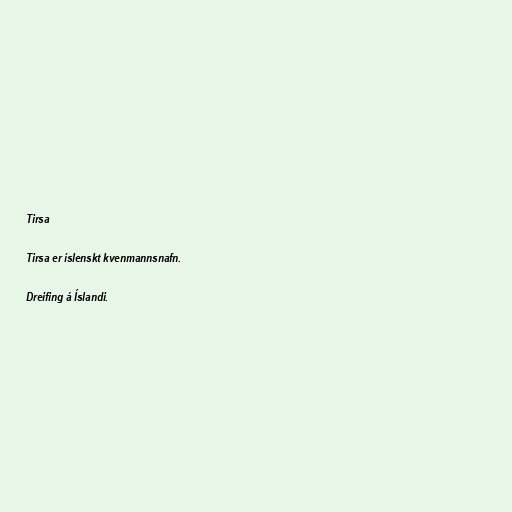
Tirsa

Tirsa er íslenskt kvenmannsnafn.

Dreifing á Íslandi.